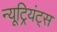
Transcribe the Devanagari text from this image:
न्यूट्रियंट्स